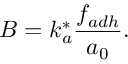
B = k _ { a } ^ { * } \frac { f _ { a d h } } { a _ { 0 } } .